Indian Medical Review
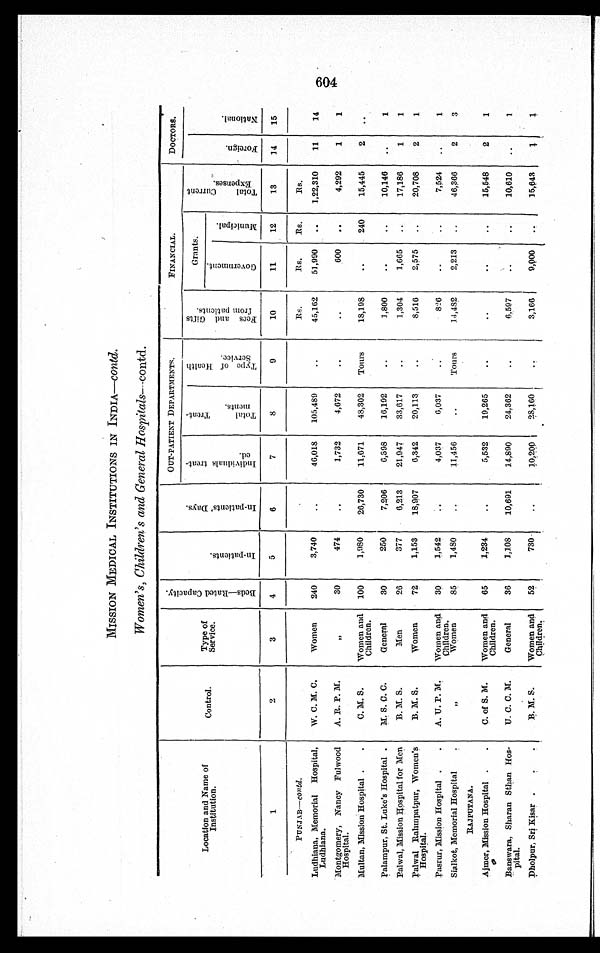
MISSION MEDICAL INSTITUTIONS IN INDIA— contd.
Women's, Children's and General Hospitals—contd.
Location and Name of
Institution.
Control.
Type of
Service.
B e d s — R a t e d C a p a c i t y .
I n - p a t i e n t s .
I n - p a t i e n t s ' D a y s .
OUT-PATIENT DEPARTMENTS.
FINANCIAL.
DOCTORS.
I n d i v i d u a l s t r e a t -
e d
T o t a l T r e a t -
m e n t s .
T y p e o f H e a l t h
S e r v i c e .
F e e s a n d G i f t s
f r o m p a t i e n t s .
Grants.
T o t a l C u r r e n t
E x p e n s e s .
F o r e i g n .
N a t i o n a l .
G o v e r n m e n t .
M u n i c i p a l .
1
2
3
4
5
6
7
8 9
10
11
12
13
14 15
P U N J A B — c o n t d .
R s . Rs. Rs.
Rs.
Ludhiana, Memorial Hospital,
Ludhiana.
W. C. M. C.
Women 240
3,740
46,018 105,489
45,162 51,990
1,22,310 11 14
Montgomery, Nancy Fulwood
Hospital.
A. R. P. M.
„
30
474
1,732
4,672
600
4,292 1 1
Multan, Mission Hospital
C. M. S. Women and
Children. 100
1,980 26,730 11,671 48,302 Tours
18,198
240 15,445 2
Palampur, St. Luke's Hospital M. S. C. C.
General
30
250
7,206
6,398 16,192
1,800
10,146
1
Palwal, Mission Hospital for Men B. M. S.
Men
26
377
6,213 21,947 33,617
1,304
1,665
17,186 1 1
Palwal Rahmpatpur, Women's
Hospital.
B. M. S.
Women
72 1,153 18,907 6,342 20,113
8,516
2,575
20,708 2 1
Pasrur, Mission Hospital
A. U. P. M. Women and
Children. 30
1,542
4,037
6,037
826
7,524
1
Sialkot, Memorial Hospital
„
Women
85
1,480
11,456
Tours
1 4 , 4 8 2 2,213
46,366 2 3
RAJPUTANA.
Ajmer, Mission Hospital
C. of S. M. Women and
Children. 65
1,234
5,532 19,265
15,548 2 1
Banswara, Sharan Sthan Hos-
pital.
U. C. C. M.
General
36
1,108 10,691 14,890 24,362
6,597
10,610
1
Dholpur, Sri Kisar
B. M. S. Women and
Children. 52
730
1 0 , 2 0 0 . 28,160
3,166
9, 000
15,643
1 1
604